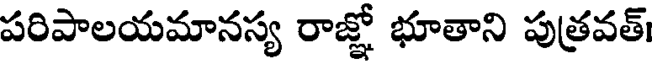
పరిపాలయమానస్య రాజ్ఞో భూతాని పుత్రవత్।